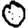
Digit: 0